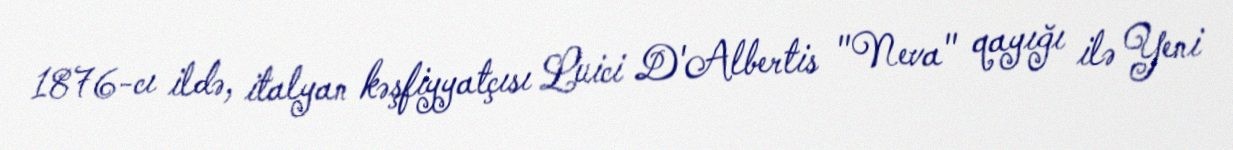
1876-cı ildə, italyan kəşfiyyatçısı Luici D'Albertis "Neva" qayığı ilə Yeni